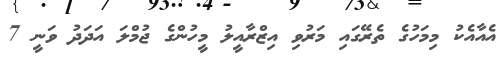
އެއާއެކު މިމަހުގެ ތެރޭގައި މަރުވި އިޒްރާއީލު މީހުންގެ ޖުމްލަ އަދަދު ވަނީ 7